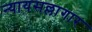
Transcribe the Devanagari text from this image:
न्यायसल्लागार